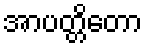
အာပတ္တိတော